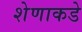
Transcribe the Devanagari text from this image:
शेणाकडे